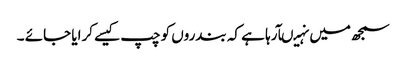
سمجھ میں نہیںآرہا ہے کہ بندروں کو چپ کیسے کرایا جائے ۔